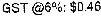
GST @6%: $0.46